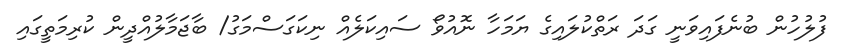
ފުލުހުން ބުނެފައިވަނީ ގަދަ ރަތްކުލައިގެ ޔަމަހާ ނޮއުވޯ ސައިކަލެއް ނިކަގަސްމަގު/ ބާޖަމާލުއްދީން ކުރިމަތީގައި